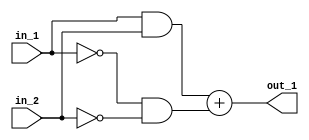
// Modelling an EXNOR gate.

module top_module(in_1, in_2, out_1);

	input in_1, in_2;
	output out_1;

	assign out_1 = (in_1 & in_2) + (~in_1 & ~in_2);

endmodule